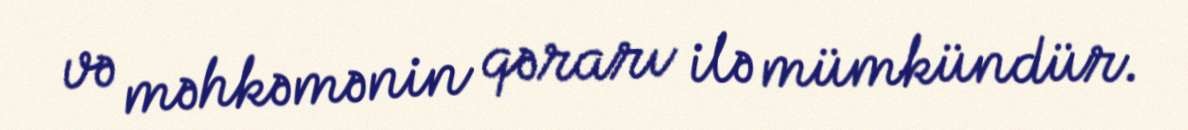
və məhkəmənin qərarı ilə mümkündür.